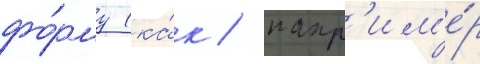
фо́рму (ка́к / напр'им'е́р